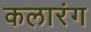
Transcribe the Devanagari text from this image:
कलारंग